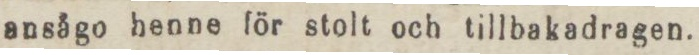
ansågo henne för stolt och tillbakadragen.